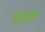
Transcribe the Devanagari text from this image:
कदवा